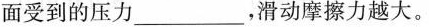
面受到的压力___，滑动摩擦力越大。